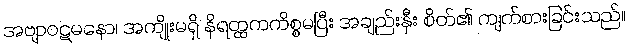
အဗျာဝဋမနော၊ အကျိုးမရှိ နိရတ္ထကကိစ္စမပြီး အချည်းနှီး စိတ်၏ ကျက်စားခြင်းသည်။